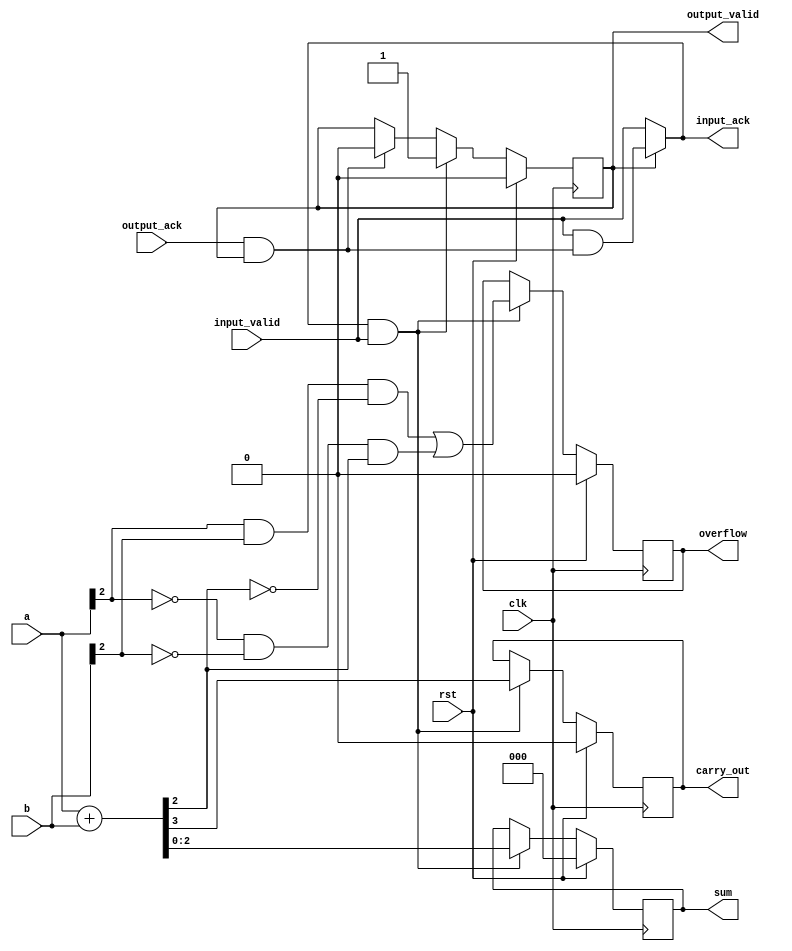
module sumador(
    input clk,
    input rst,
    input [WIDTH-1:0] a,
    input [WIDTH-1:0] b,
    input input_valid,
    output input_ack,

    output reg [WIDTH-1:0] sum,
    output reg overflow,
    output reg carry_out,
    output reg output_valid,
    input output_ack
);
parameter WIDTH = 3;

wire input_hs, output_hs;

assign input_hs = input_ack & input_valid;
assign output_hs = output_ack & output_valid;
assign input_ack = (output_valid == 'd0)? input_valid :
                                          input_valid & output_hs;

wire sign_a, sign_b, sign_aux_sum;
wire [WIDTH:0] aux_sum;

assign aux_sum = {1'b0, a} + {1'b0,b};
assign sign_a = a[WIDTH-1];
assign sign_b = b[WIDTH-1];
assign sign_sum = aux_sum[WIDTH-1];


always @(posedge clk) begin
    if (rst) begin
        sum <= 'd0;
        overflow <= 'd0;
        carry_out <= 'd0;
        output_valid <= 'd0;
    end else begin
        if (output_hs) output_valid <= 'd0;
        if (input_hs) begin
            output_valid <= 'd1;
            sum <= aux_sum[WIDTH-1:0];
            overflow <= ( sign_a &  sign_b & ~sign_sum) |
                        (~sign_a & ~sign_b &  sign_sum);
            carry_out <= aux_sum[WIDTH];
        end
    end
end

`ifdef COCOTB_SIM
    initial begin
        $dumpfile("./sim_build/waveform.vcd");
        $dumpvars (0, sumador);
    end
`endif

endmodule